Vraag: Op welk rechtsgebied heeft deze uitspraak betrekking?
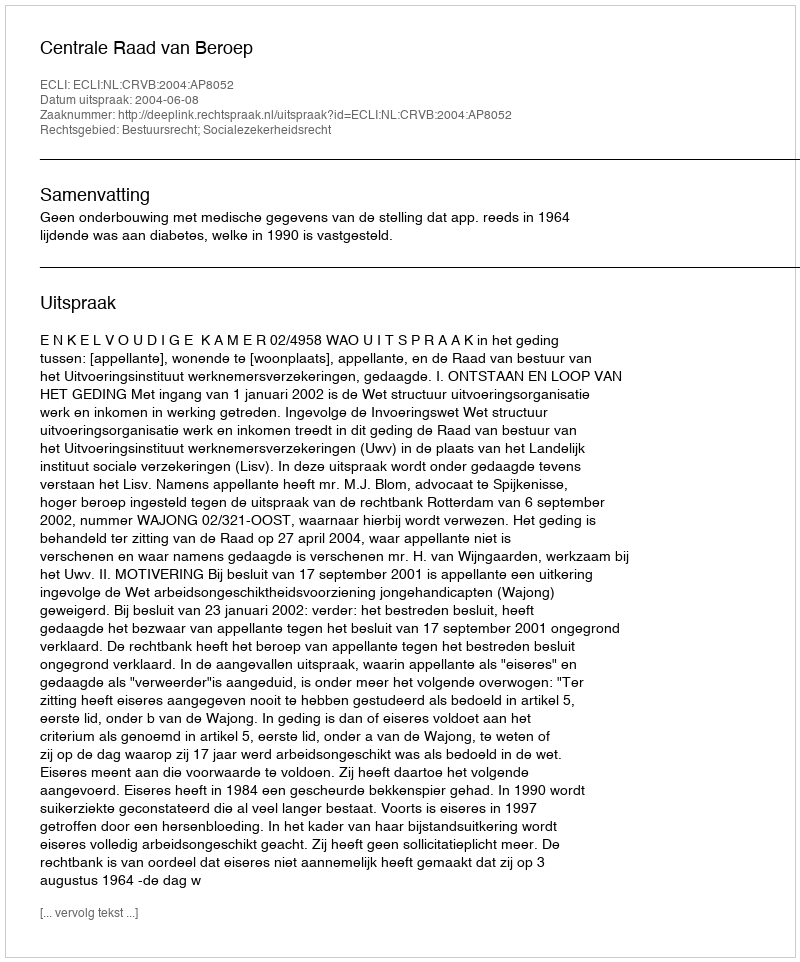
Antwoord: Bestuursrecht; Socialezekerheidsrecht